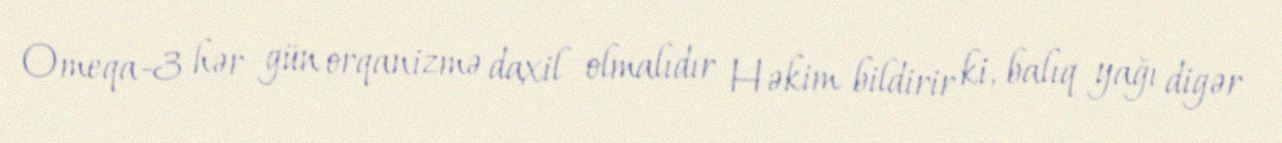
Omeqa-3 hər gün orqanizmə daxil olmalıdır Həkim bildirir ki, balıq yağı digər